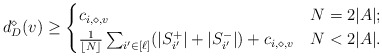
\begin{align*}d_D^\diamond(v)\geq\begin{cases}c_{i,\diamond, v} & N=2|A|;\\\frac{1}{\lfloor N\rfloor}\sum_{i'\in [\ell]}(|S_{i'}^+|+|S_{i'}^-|)+c_{i,\diamond, v} & N<2|A|.\\\end{cases}\end{align*}